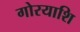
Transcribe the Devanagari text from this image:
गोरयाशि